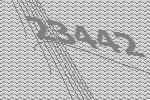
23442